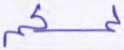
لمسكم